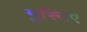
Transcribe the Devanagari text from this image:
मुस्तिए